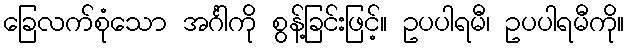
ခြေလက်စုံသော အင်္ဂါကို စွန့်ခြင်းဖြင့်။ ဥပပါရမီ၊ ဥပပါရမီကို။